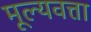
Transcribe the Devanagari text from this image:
मूल्यवत्ता